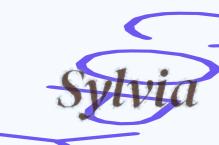
Sylvia